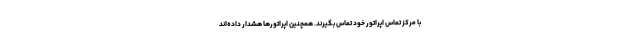
با مرکز تماس اپراتور خود تماس بگیرند. همچنین اپراتورها هشدار داده‌اند